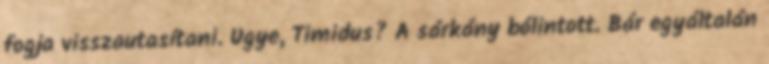
fogja visszautasítani. Ugye, Timidus? A sárkány bólintott. Bár egyáltalán